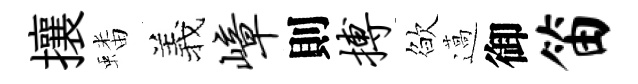
攘蟠羲嶂則搏欲薖御笛